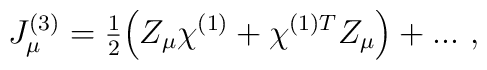
J_\mu ^{(3)}={\textstyle \frac 12}\Bigl(Z_\mu \chi ^{(1)}+\chi ^{(1)T}Z_\mu\Bigr)+...~,